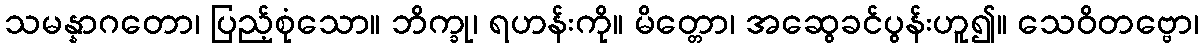
သမန္နာဂတော၊ ပြည့်စုံသော။ ဘိက္ခု၊ ရဟန်းကို။ မိတ္တော၊ အဆွေခင်ပွန်းဟူ၍။ သေဝိတဗ္ဗော၊